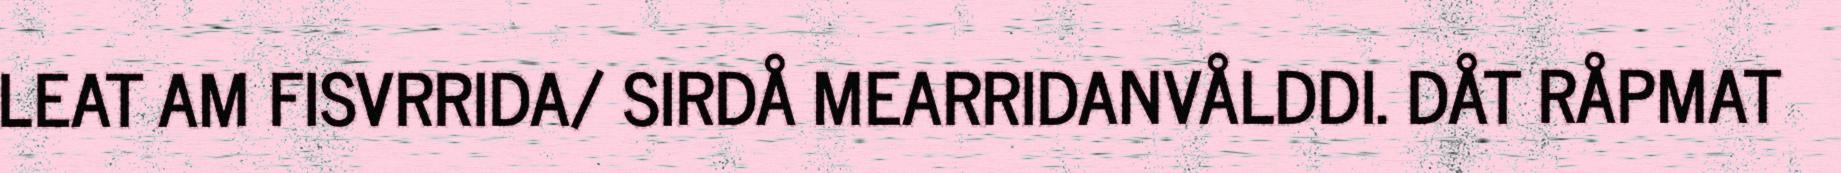
LEAT AM FISVRRIDA/ SIRDÅ MEARRIDANVÅLDDI. DÅT RÅPMAT